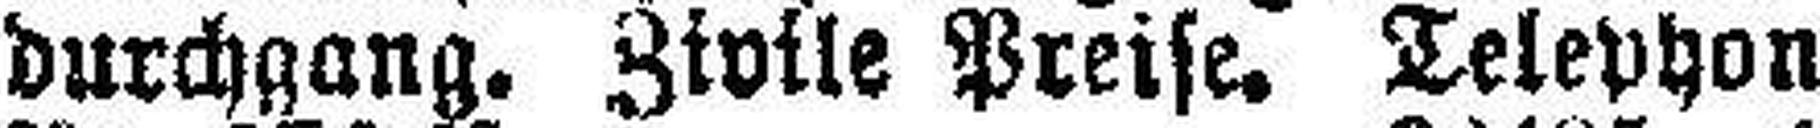
durchgang. Zivile Preise. Telephon